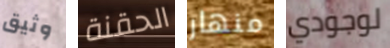
وثيق الحقنة منهار لوجودي